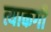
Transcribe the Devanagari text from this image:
त्याकगी